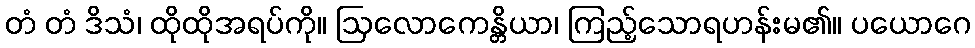
တံ တံ ဒိသံ၊ ထိုထိုအရပ်ကို။ ဩလောကေန္တိယာ၊ ကြည့်သောရဟန်းမ၏။ ပယောဂေ